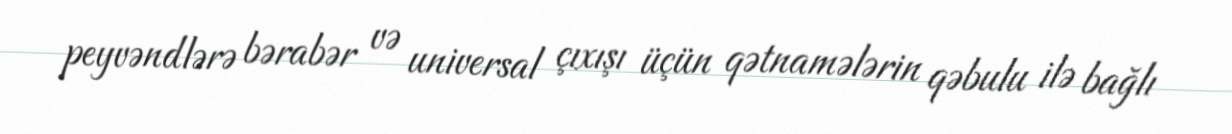
peyvəndlərə bərabər və universal çıxışı üçün qətnamələrin qəbulu ilə bağlı